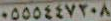
٠٥٥٥٤٤٧٢٠٨